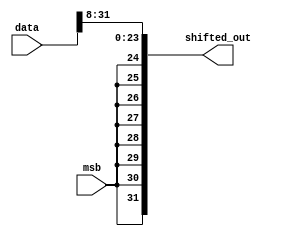
module right_barrel_8(
    output [31:0] shifted_out,
    input [31:0] data,
    input msb
);
    assign shifted_out[23:0] = data[31:8];
    genvar i;
    for (i = 31; i > 23; i = i - 1) begin
        assign shifted_out[i] = msb;
    end

endmodule